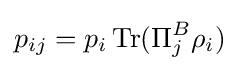
p_{ij}=p_{i}\operatorname {Tr} (\Pi _{j}^{B}\rho _{i})